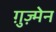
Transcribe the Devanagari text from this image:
ग़ुज़्मेन